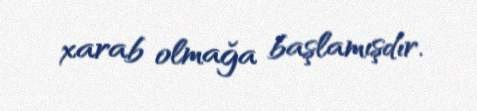
xarab olmağa başlamışdır.